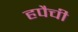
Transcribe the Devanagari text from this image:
हपैची